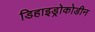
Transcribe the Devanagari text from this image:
डिहाइड्रोकोडीन